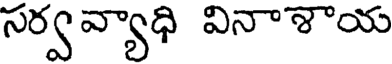
సర్వవ్యాధి వినాశాయ